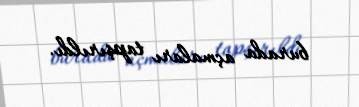
burada açmaları tapşırıldı.